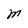
Character: M